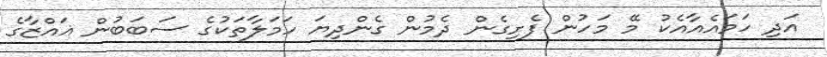
އަދި ހަމައެއާއެކު މޭ މަހުން ފެށިގެން ދެމުން ގެންދިޔަ ހަމަލާތަކުގެ ސަބަބުން ޣައްޒާގެ